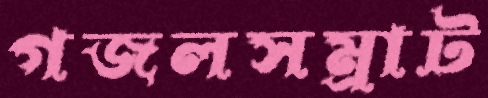
গজলসম্রাট